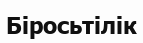
Біросьтілік